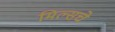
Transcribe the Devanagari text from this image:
मिल्सचे